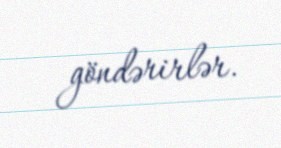
göndərirlər.